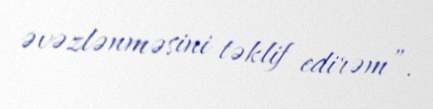
əvəzlənməsini təklif edirəm”.